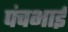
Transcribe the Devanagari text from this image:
पंचभाई